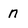
Character: n